Newspaper: The colored American. [volume]
Place of publication: Washington, D.C.
Publisher: Colored American Pub. Co.
Date: 1900-11-03 00:00:00
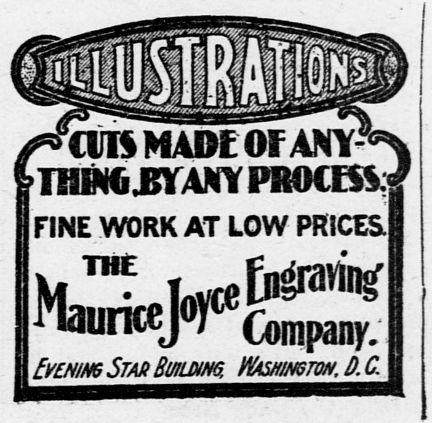
Advertisement text (OCR):
FINE WORK AT LOW PRICES to UeM IMurayr -Company frNM Stab Buiium VswmTON D C
Label: text-only